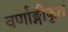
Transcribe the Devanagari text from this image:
वर्णाङ्गीकृत